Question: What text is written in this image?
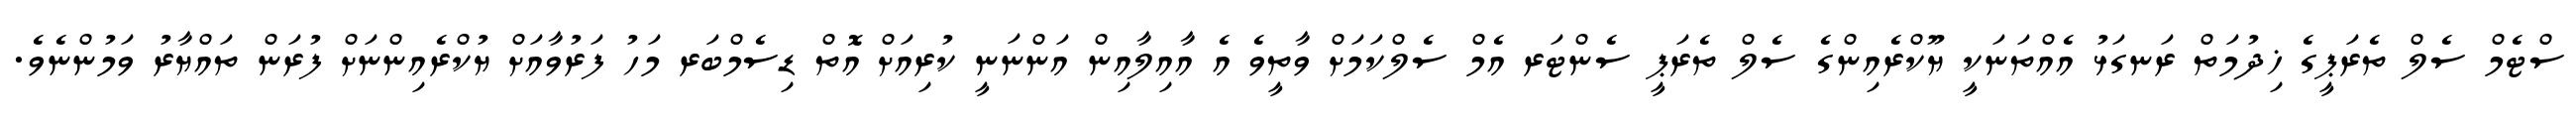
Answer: ސްޓެމް ސެލް ތެރަޕީގެ ޚިދުމަތް ރަނގަޅު އެއްތަނަކީ ޔޫކްރެއިންގެ ސެލް ތެރަޕީ ސެންޓަރ އެމް ސެލްކަމަށް ވާތީވެ އެ އާއިލާއިން އަންނަނީ ކުރިއަށް އޮތް ޑިސެމްބަރ މަހު ފަރުވާއަށް ޔުކްރެއިންނަށް ފުރަން ތައްޔާރު ވަމުންނެވެ.